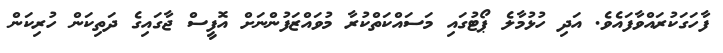
ފާހަގަކުރައްވާފައެވެ. އަދި ހުޅުމާލެ ޕޯޓުގައި މަސައްކަތްކުރާ މުވައްޒަފުންނަށް އޮފީސް ޖާގައިގެ ދަތިކަން ހުރިކަން